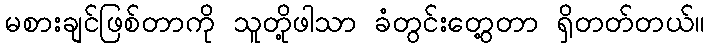
မစားချင်ဖြစ်တာကို သူတို့ဖါသာ ခံတွင်းတွေ့တာ ရှိတတ်တယ်။